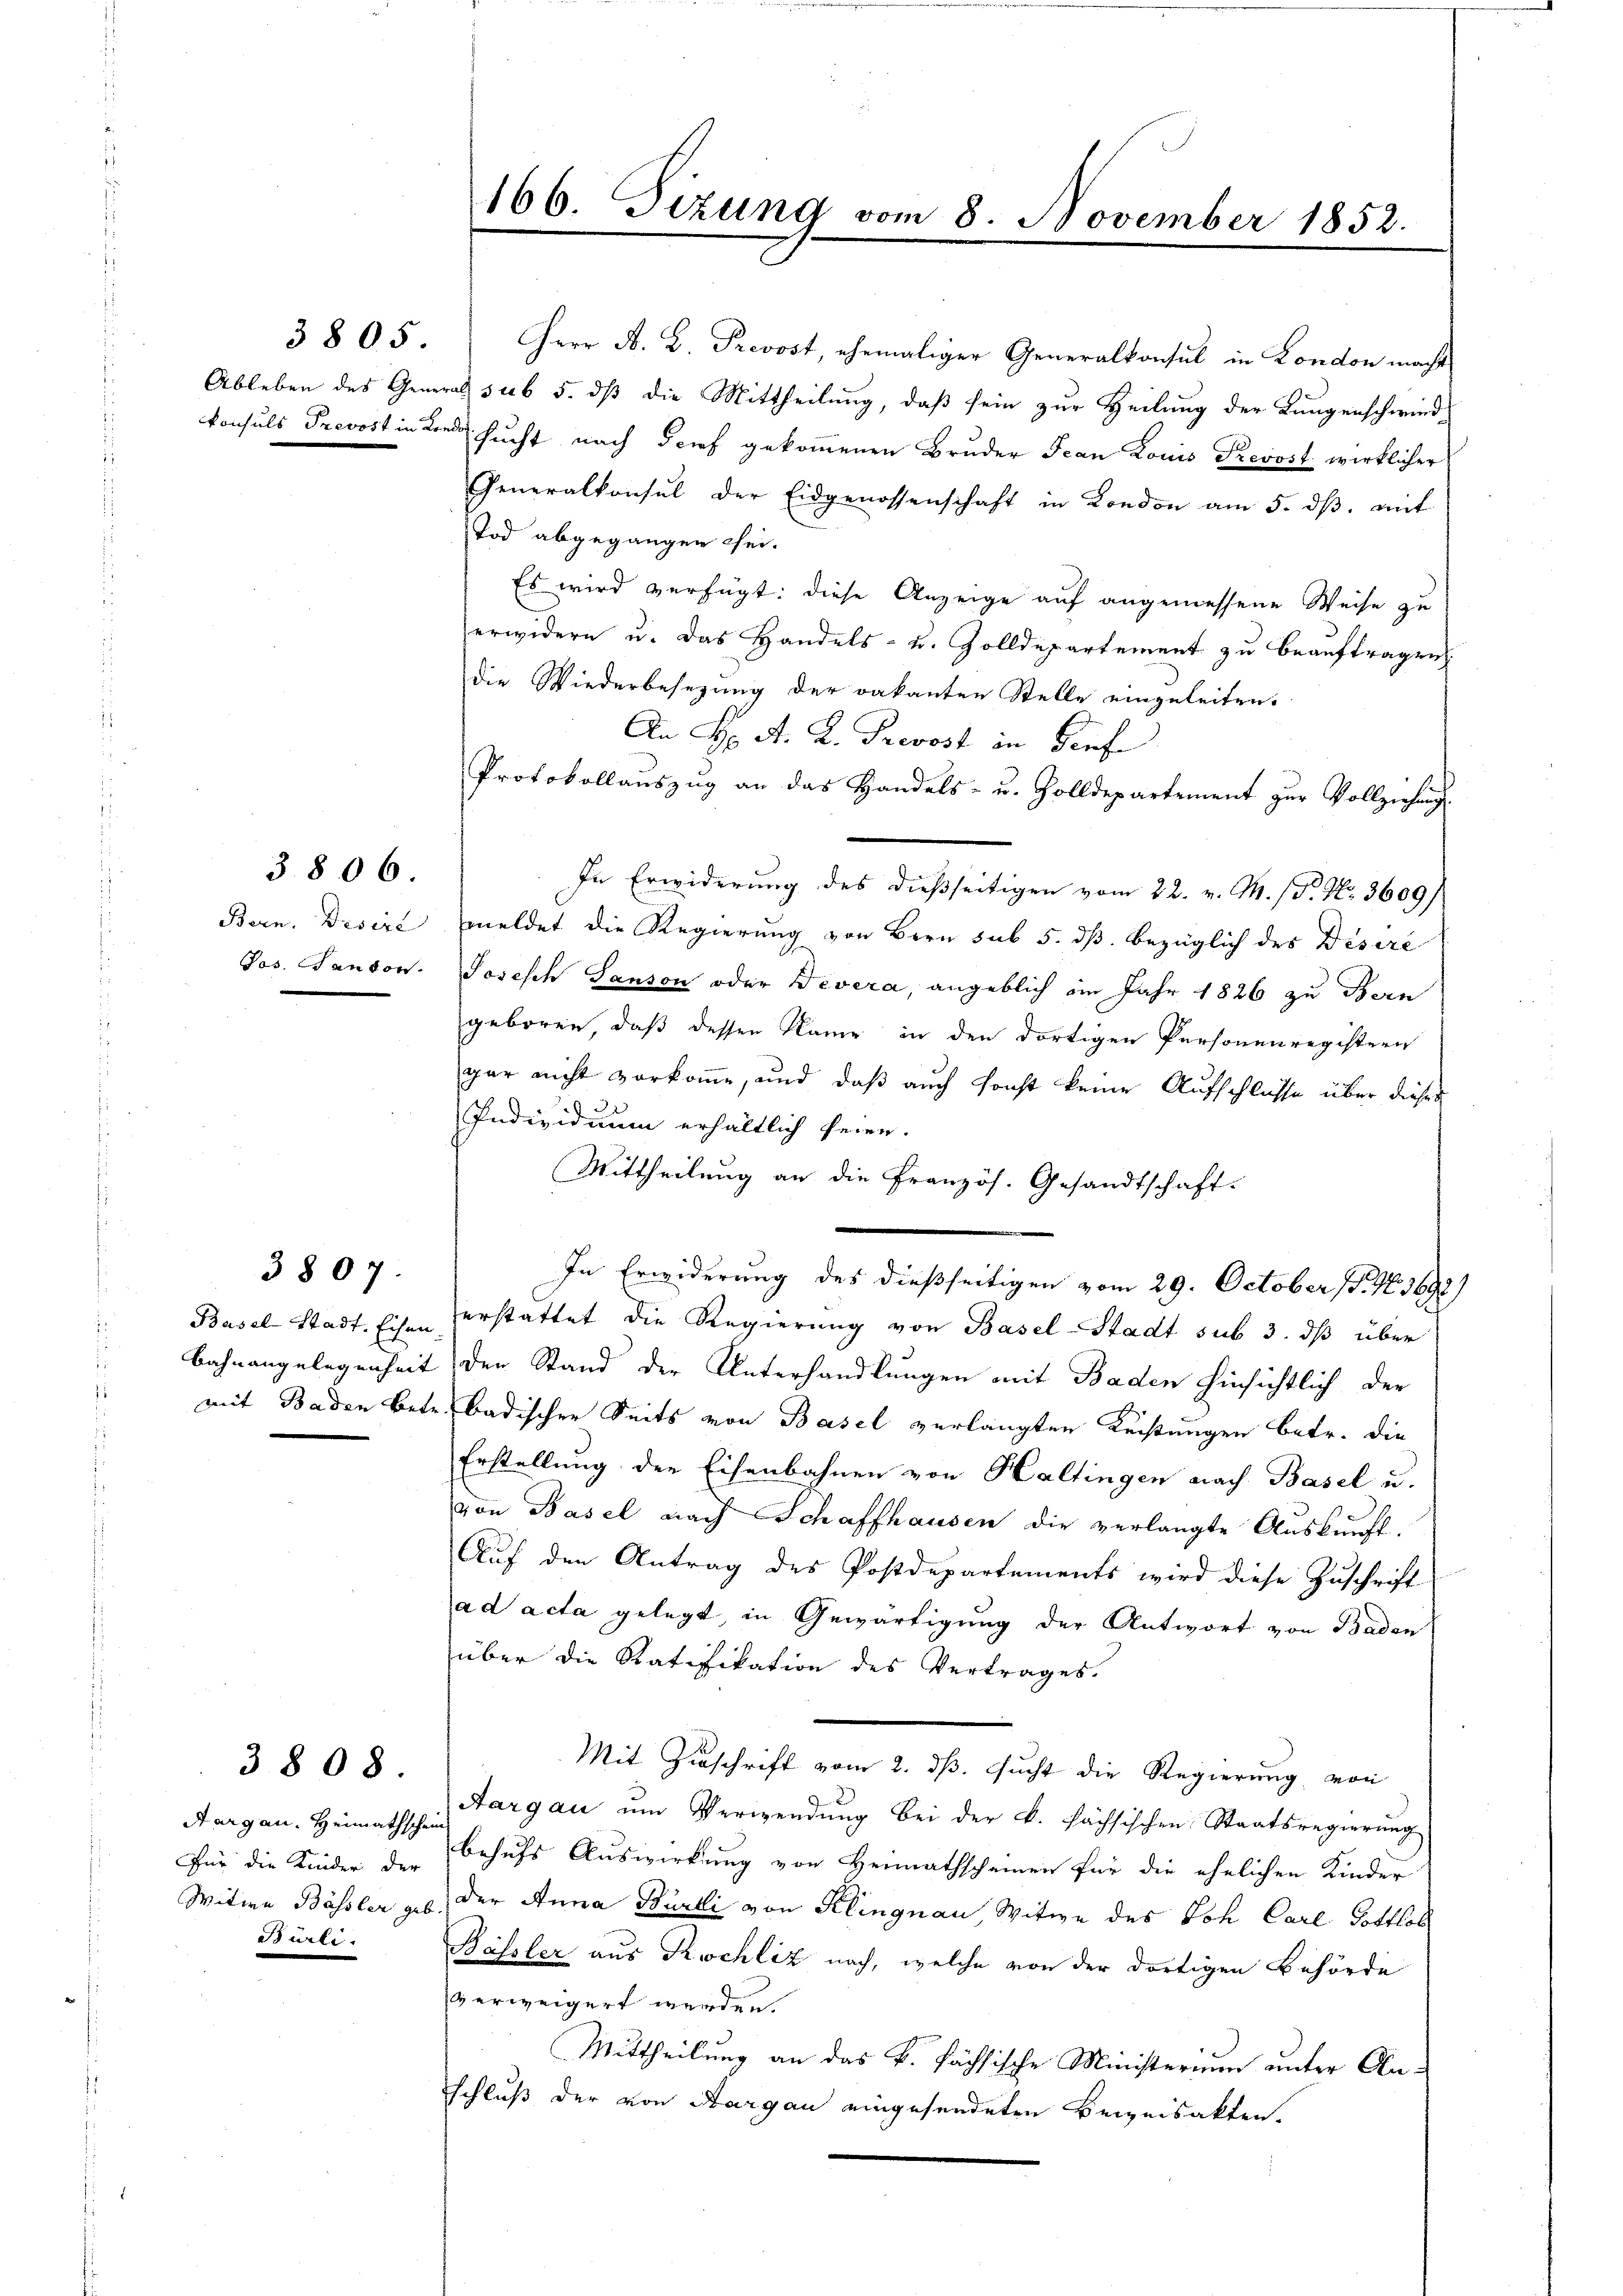
3805.

3806.

3807.

3808.

Bürli.

Herr A. B. Prevost, ehemaliger Generalkonsul in London macht
Ableben des General sub 5. dß die Mittheilung, daß sein zur Heilung der Lungenschwind
konsuls Prevost in Kinde sucht nach Brief gekommenen Bruder Jean Louis Prevost wirklicher
Generalkonsul der Eidgenossenschaft in London am 5. dβ. mit
Tod abgegangen sei.
Es wird verfügt: diese Anzeige auf angemessene Weise zu
erwidern u. das Handels- u. Zolldepartement zu beauftragen.
die Wiederbesezung der vakanten Stelle eingeleiten.
An Hr. A. R. Prevost in diefe
Protokollauszug an das Handels- u. Zolldepartement zur Vollziehung
In Erwiderung des dießseitigen vom 22. v. M. (S. Nr. 3609/
Bern. Desire, meldet die Regierung von Bern sub 5. dß. bezüglich des Desire
Jos. Sandon. Joseph Panson oder Divera, angeblich im Jahr 1826 zu Bern
geboren, daß dessen Name in den dortigen Personenregistern
gar nicht vorkom̅e, und daß auch sonst keine Aufschlüsse über dieses
Individuum erhältlich seien.
Mittheilung an die französ. Gesandtschaft.
In Erwiderung des dießseitigen vom 29. October (T. N. 3692)
Basel Stadt. Eisen erstattet die Regierung von Basel-Stadt sub 3. dß über
Bahnangelegenheit den Stand der Unterhandlungen mit Baden hinsichtlich der
mit Baden Betr. Badischer Seits von Basel verlangten Leistungen betr. die
Erstellung der Eisenbahnen von Haltingen nach Basel u.
von Basel nach Schaffhausen die verlangte Auskunft.
Auf den Antrag des Postdepartements wird diese Zuschrift
ad acta gelegt, in Gewärtigung der Antwort von Baden
über die Ratifikation des Vertrages.
Mit Zuschrift vom 2. ds. sucht die Regierung von
Aargau. Heimathschen Aargau ŭm Verwendŭng bei der B. fachsischen Staatsregierŭng
Für die Kinder der behufs Auswirkung von Heimathscheinen für die ehelichen Kinder
Witwe Bössler geb. der Anna Bürkli von Klingnau, Witwe des Joh. Carl Gottlob
Bössler aus Kuchliz nach, welche von der dortigen Behörde
erweigert werden.
Mittheilung an das k. fachsische Ministerium unter Anschluß der von Aargau eingesendeten Beizeisakten.

166. Sizung vom 8. November 1852.